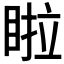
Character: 𭾺